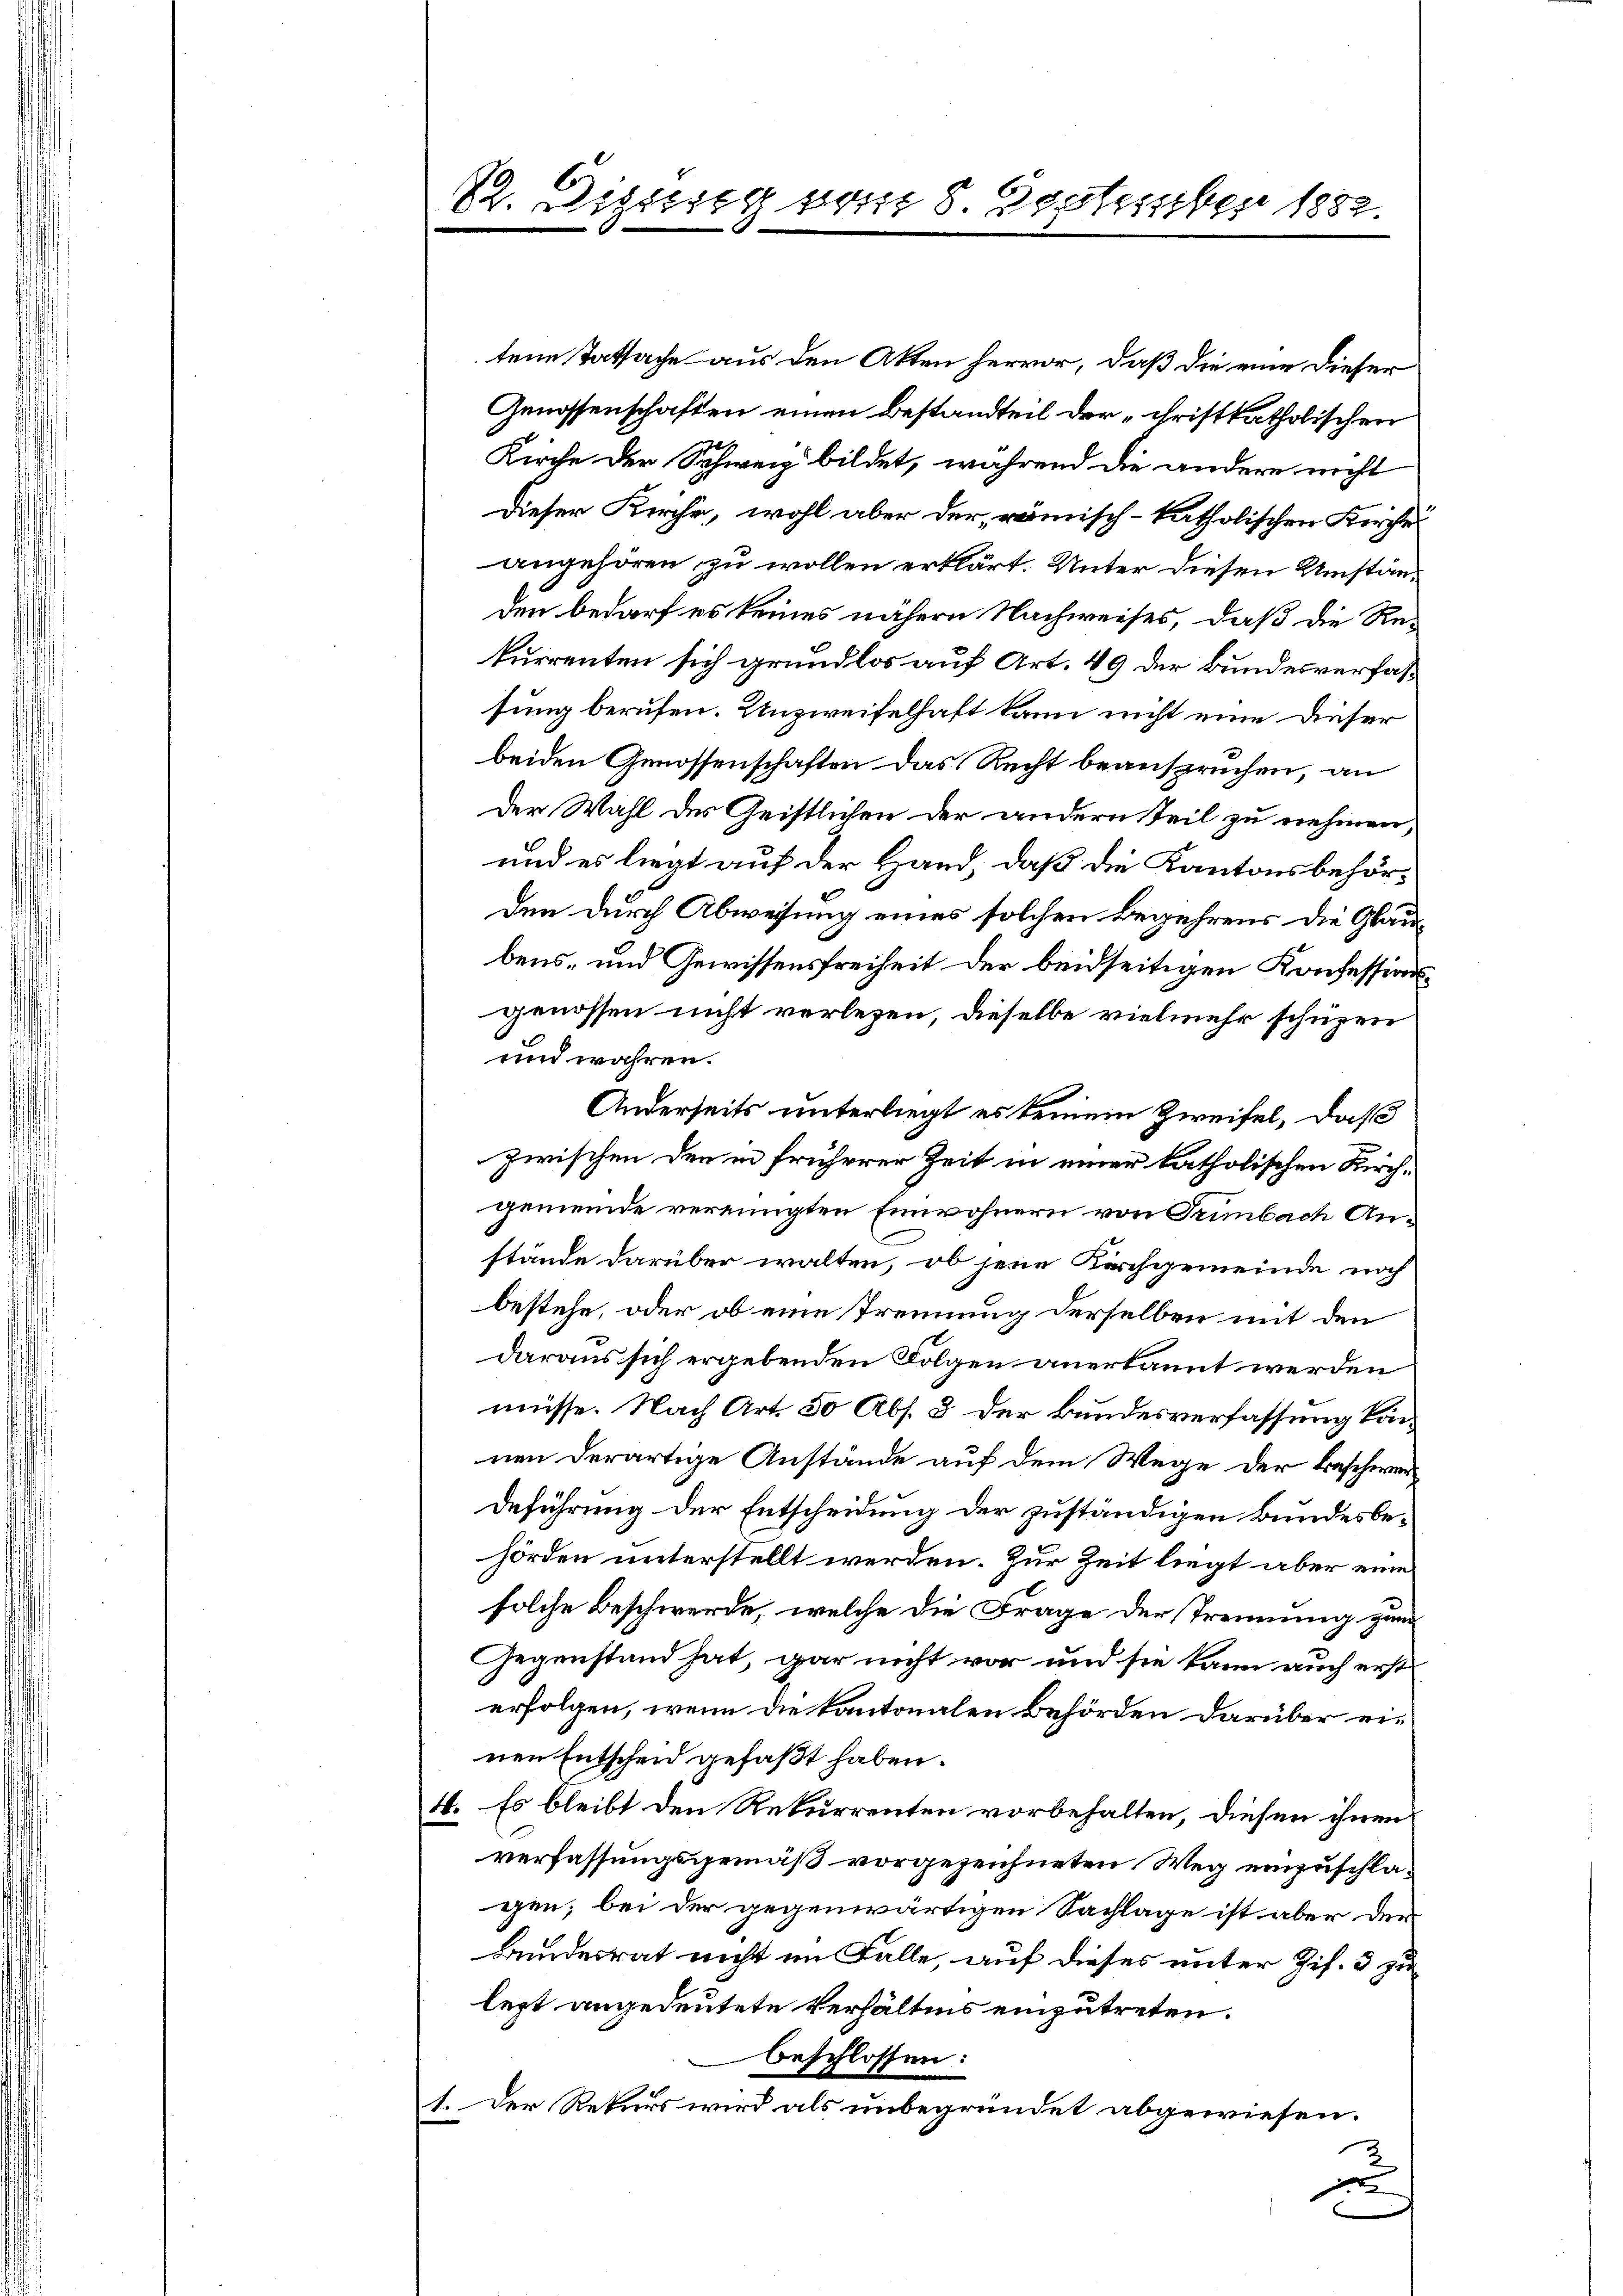
22. Diesig vom 8. Destesselber 1882.

tene Tatsache aus den Akten hervor, daß die eine dieser
Genossenschaften einen Bestandteil der „christkatholischen
Kirche der Schweiz bildet, während die andere nicht
Dieser Kirche, wohl aber der römisch-katholischen Kirche
angehören zu wollen erklärt. Unter diesen Umständen bedarf es keines nähern Nachweises, daß die Rekurrenten sich grundlos auf Art. 49 der Bundesverfas
sung berufen. Unzweifelhaft kann nicht eine dieser
beiden Genossenschaften das Recht beanspruchen, an
der Wahl des Geistlichen der andern Teil zu nehmen,
und es liegt auf der Hand, daß die Kantonsbehörden durch Abweisung eines solchen Begehrens die Glaubens- und Gewissensfreiheit der beidseitigen Konfessionsgenossen nicht verlesen, dieselbe vielmehr schüzen
und wahren.
Anderseits unterliegt es keinem Zweifel, daß
zwischen den in früherer Zeit in einer katholischen Kirchgemeinde vereinigten Einwohnern von Trimbach Anstände darüber walten, ob jene Kirchgemeinde noch
bestehe, oder ob eine Trennung derselben mit den
daraus sich ergebenden Folgen anerkannt werden
müsse. Nach Art. 50 Abs. 3 der Bundesverfassung kan
nen derartige Anstände auf dem Wege der Beschwer¬
Deführung der Entscheidung der zuständigen Bundesbehörden unterstellt werden. Zur Zeit liegt aber eine
solche Beschwerde, welche die Frage der Trennung zum
Gegenstand hat, gar nicht vor und sie kann auch erst
erfolgen, wenn die Kantonalen Behörden darüber einen Entscheid gefaßt haben.
4. Es bleibt den Rekurrenten vorbehalten, diesen ihnen
verfassungsgemäß vorgezeichneten Weg einzuschlagen; bei der gegenwärtigen Sachlage ist aber der
Bundesrat nicht im Falle, auf dieses unter Zif. 3 zu
legt angedeutete Verhältnis einzutreten.
beschlossen:
1. Der Rekurs wird als unbegründet abgewiesen.
f